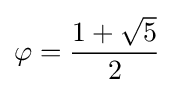
\varphi ={\frac {1+{\sqrt {5}}}{2}}